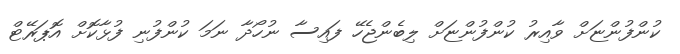
ކުންފުންޏަށް ވާއިރު ކުންފުންޏަށް ލިބެންޖެހޭ ފައިސާ ނުހޯދާ ނަމަ ކުންފުނި ފުޅާކޮށް އޮޕަރޭޓް